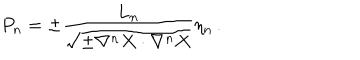
LaTeX: P _ { n } = \pm { \frac { L _ { n } } { \sqrt { \pm \nabla ^ { n } X \cdot \nabla ^ { n } X } } } \eta _ { n } \, .